Bréfritari: Sigríður Pálsdóttir
Viðtakandi: Páll Pálsson
Dagsetning: A-1868-10-06
Skrifað á: Breiðabólsstað  Rang.
Páll var bróðir Sigríðar

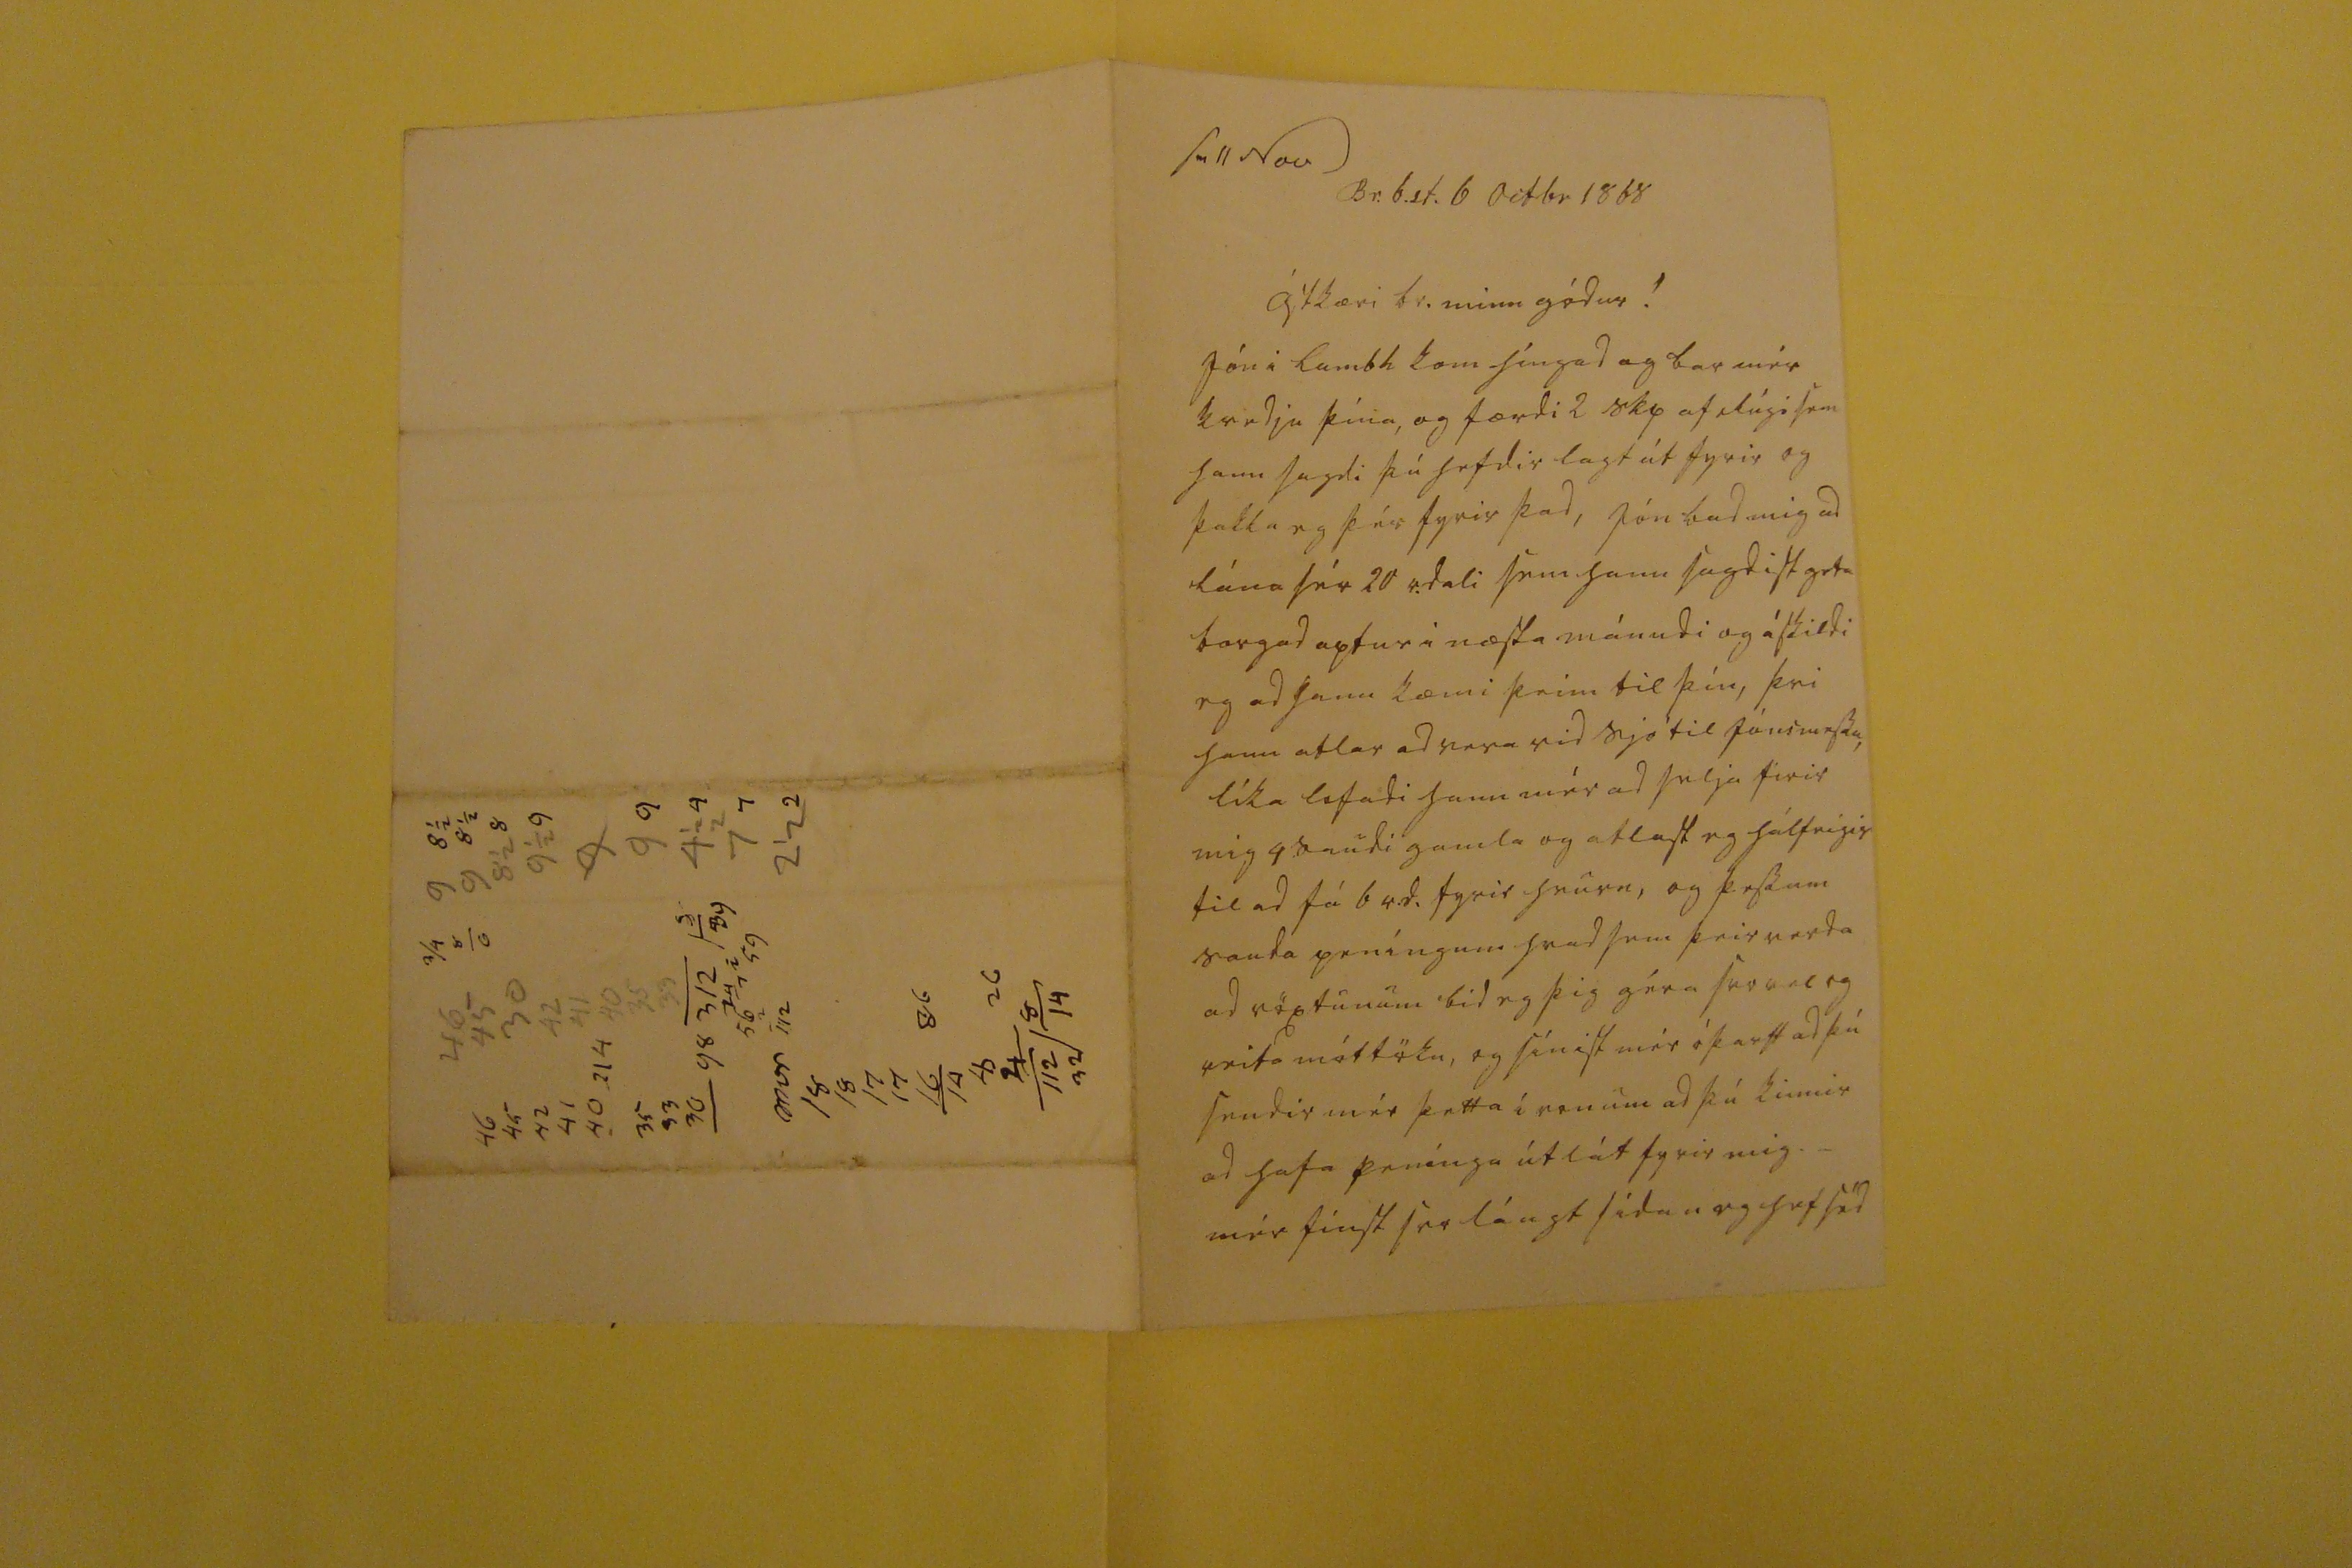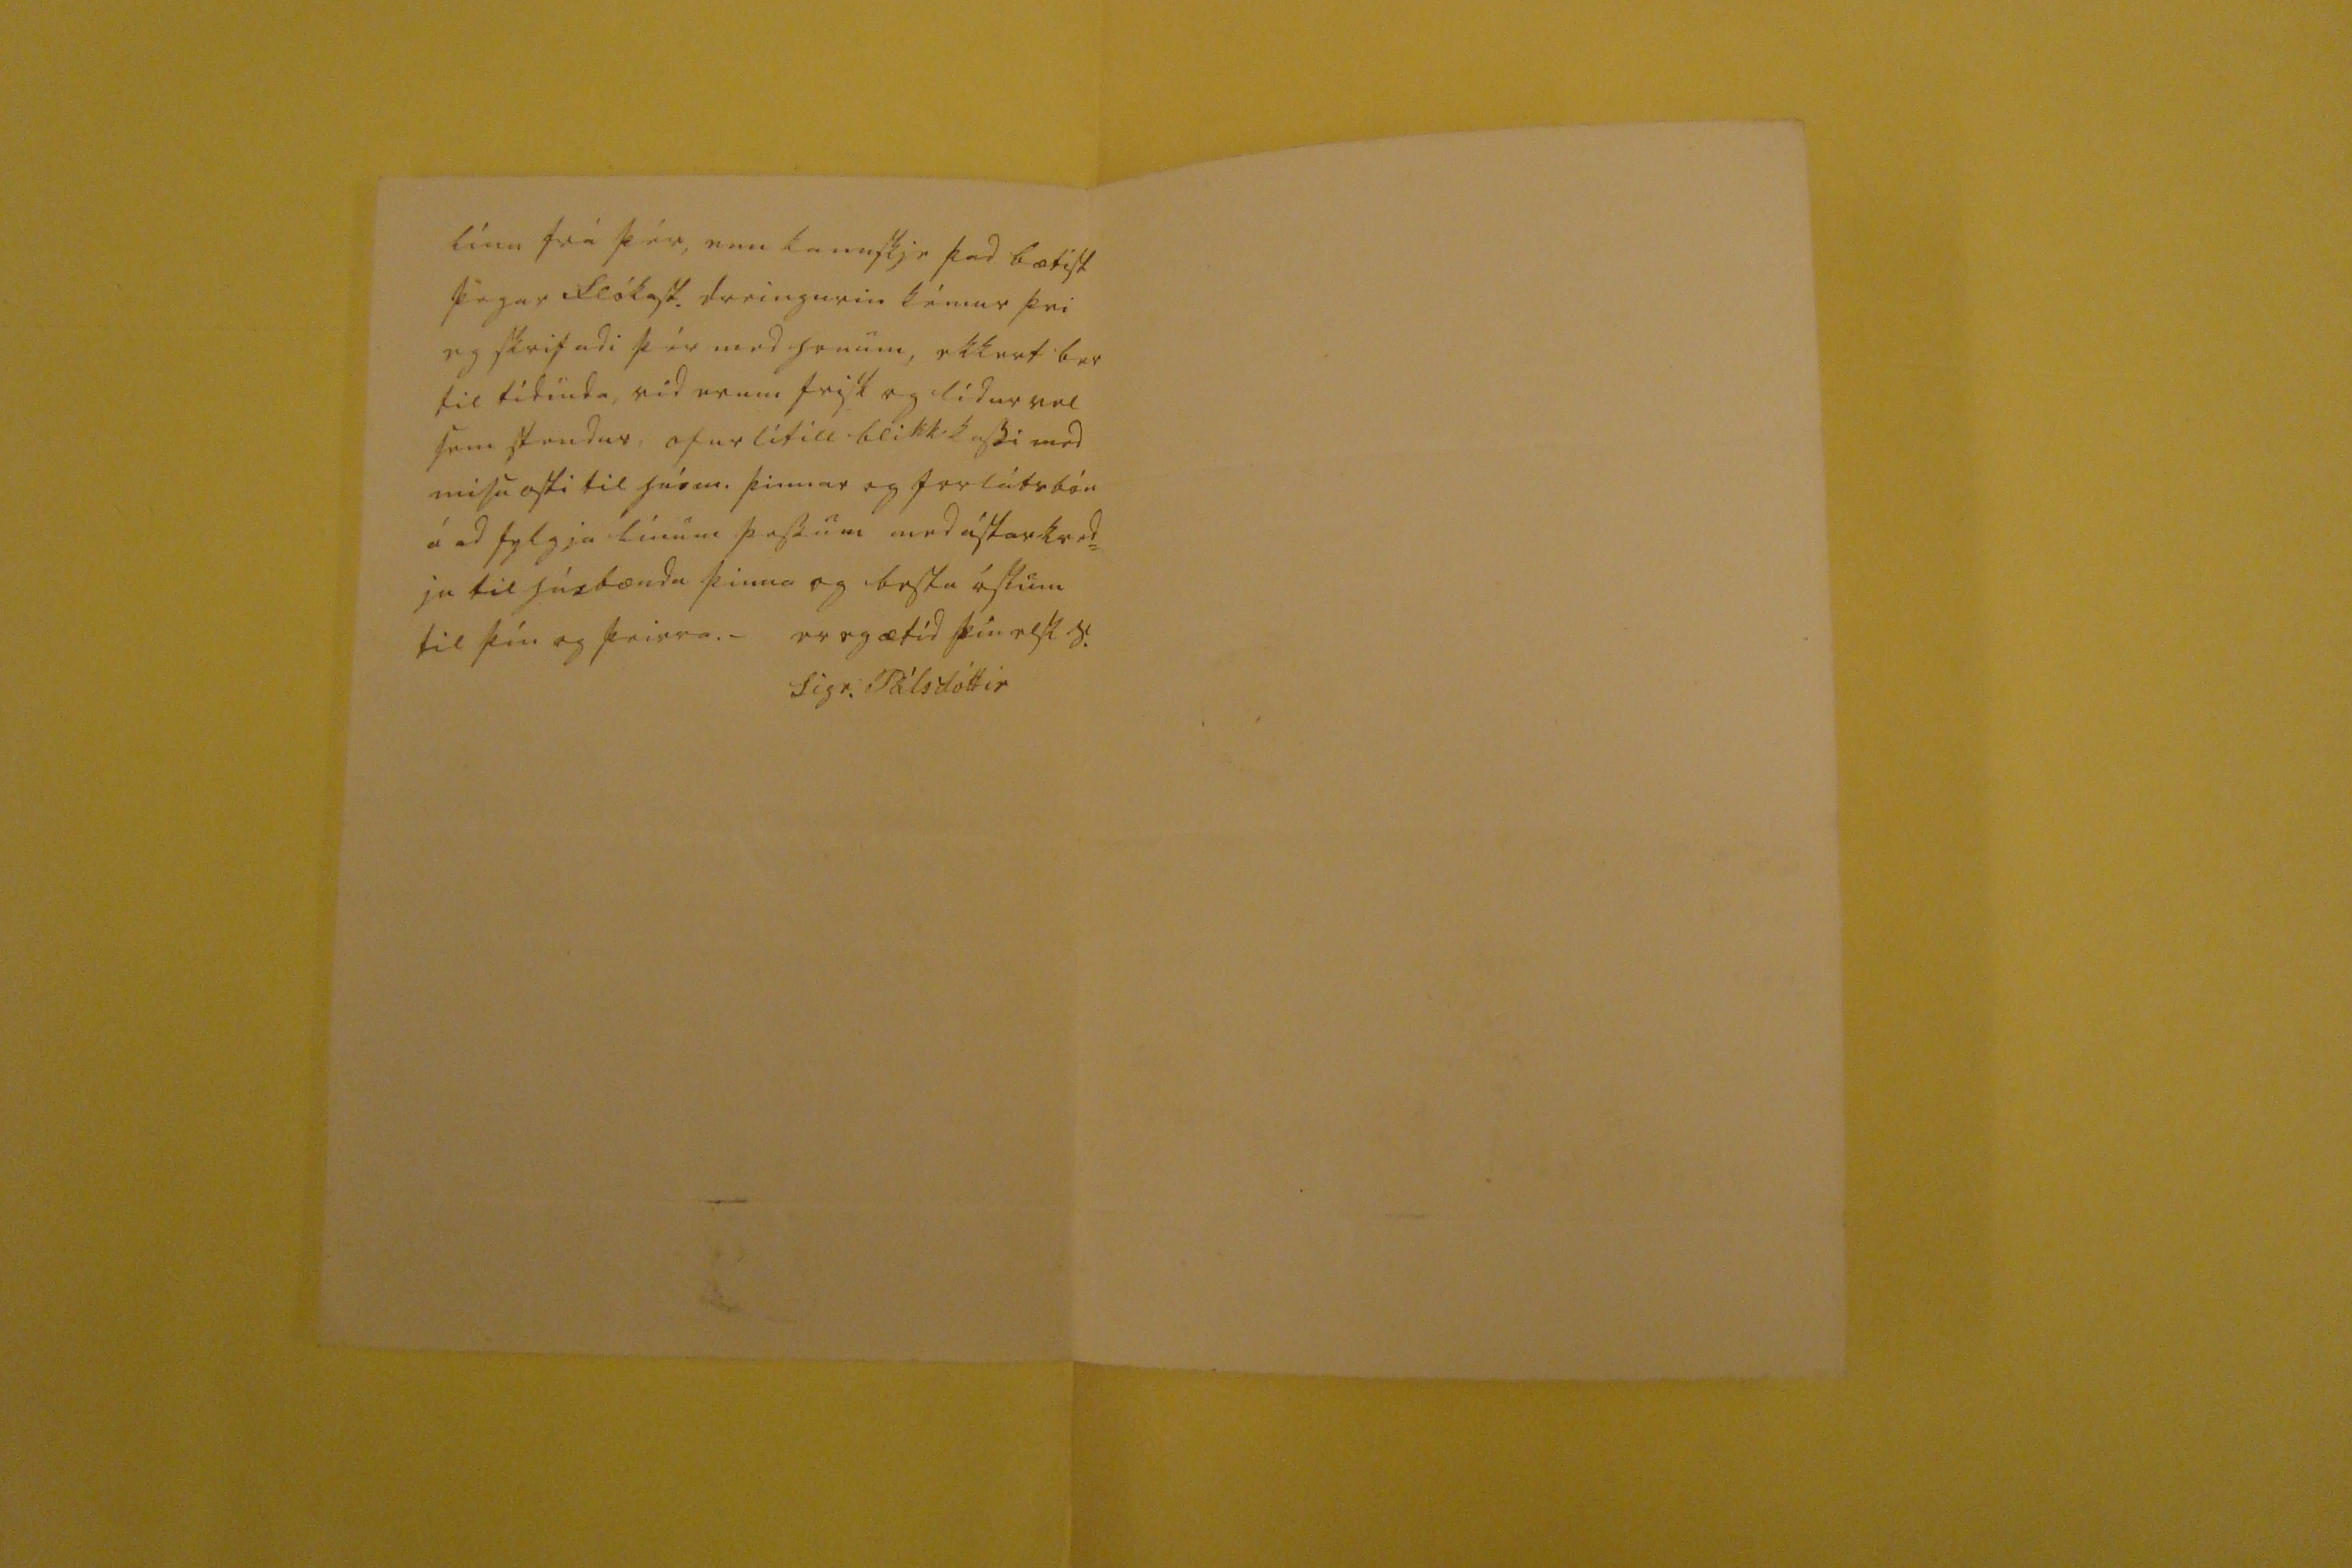

sv 11 Nov
Br.b.st. 6 octbr 1868
ástkæri br. minn gódur!
Jón i Lambh kom híngad og bar mér kvedju þína, og færdi 2
sky
af lísi sem hann sagdi þú hefdir lagt út fyrir og þakka eg þér fyrir þad, Jón bad mig ad lána sér 20 r.dali sem hann sagdist geta borgad aptur i næsta mánudi og áskildi eg ad hann kæmi þeim til þín, þvi hann atlar ad vera vid sjó til jónsmessu, líka lofadi hann mér ad selja firir mig 4 saudi gamla og atlast eg hálfeigis til ad fá 6 r.d. fyrir hvurn, og þessum sauda peníngum hvad sem þeir verda ad vöxtunum bid eg þig géra svo vel og veita móttöku, og sínist mér óþarft ad þú sendir mér þetta i von um ad þú kinnir ad hafa penínga útlát fyrir mig. _ mér finst svo lángt sídan eg hef séd
línu frá þér, enn kannskje þad bætist þegar Flókast. dreingurin kémur þvi eg skrifadi þér med honum, ekkert ber til tídinda, vid erum frisk og lídur vel sem stendur, ofurlítill blikkkassi med misuosti til húsm. þinnar og forlátsbón á ad fylgja línum þessum med ástarkved= ju til húsbænda þinna og bestu óskum til þín og þeirra. _
er eg ætíd þin elsk s.
Sigr. Pálsdóttir